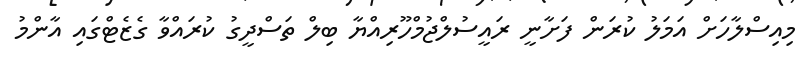
މިއިސްލާހަށް އަމަލު ކުރަން ފަށާނީ ރައީސުލްޖުމްހޫރިއްޔާ ބިލް ތަސްދީގު ކުރައްވާ ގެޒެޓްގައި އާންމު